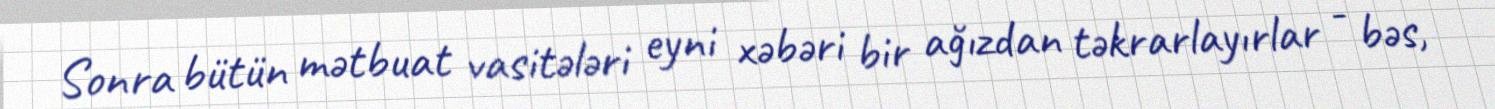
Sonra bütün mətbuat vasitələri eyni xəbəri bir ağızdan təkrarlayırlar - bəs,